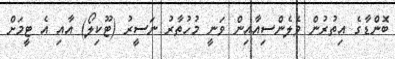
ބޮންޑާގެ އިތުރުން ވެލެންސިއާއިން ވަނީ މުހުތާރު ނަސީރު (ޓޫކިލޯ) އާއި އެ ޓީމަށް